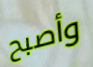
وأصبح